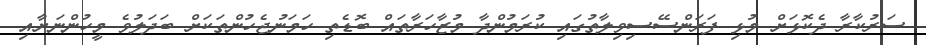
ސަރުކާރާ ދެކޮޅަށް މުޅި ފަރަންސޭސިވިލާތުގައި ކުރަމުންދާ މުޒާހަރާތައް ބޮޑެތި ހަމަނުޖެހުންތަކަށް ބަދަލުވެ މީހުންނަށާއި